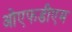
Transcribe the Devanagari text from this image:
ओएफडीएम